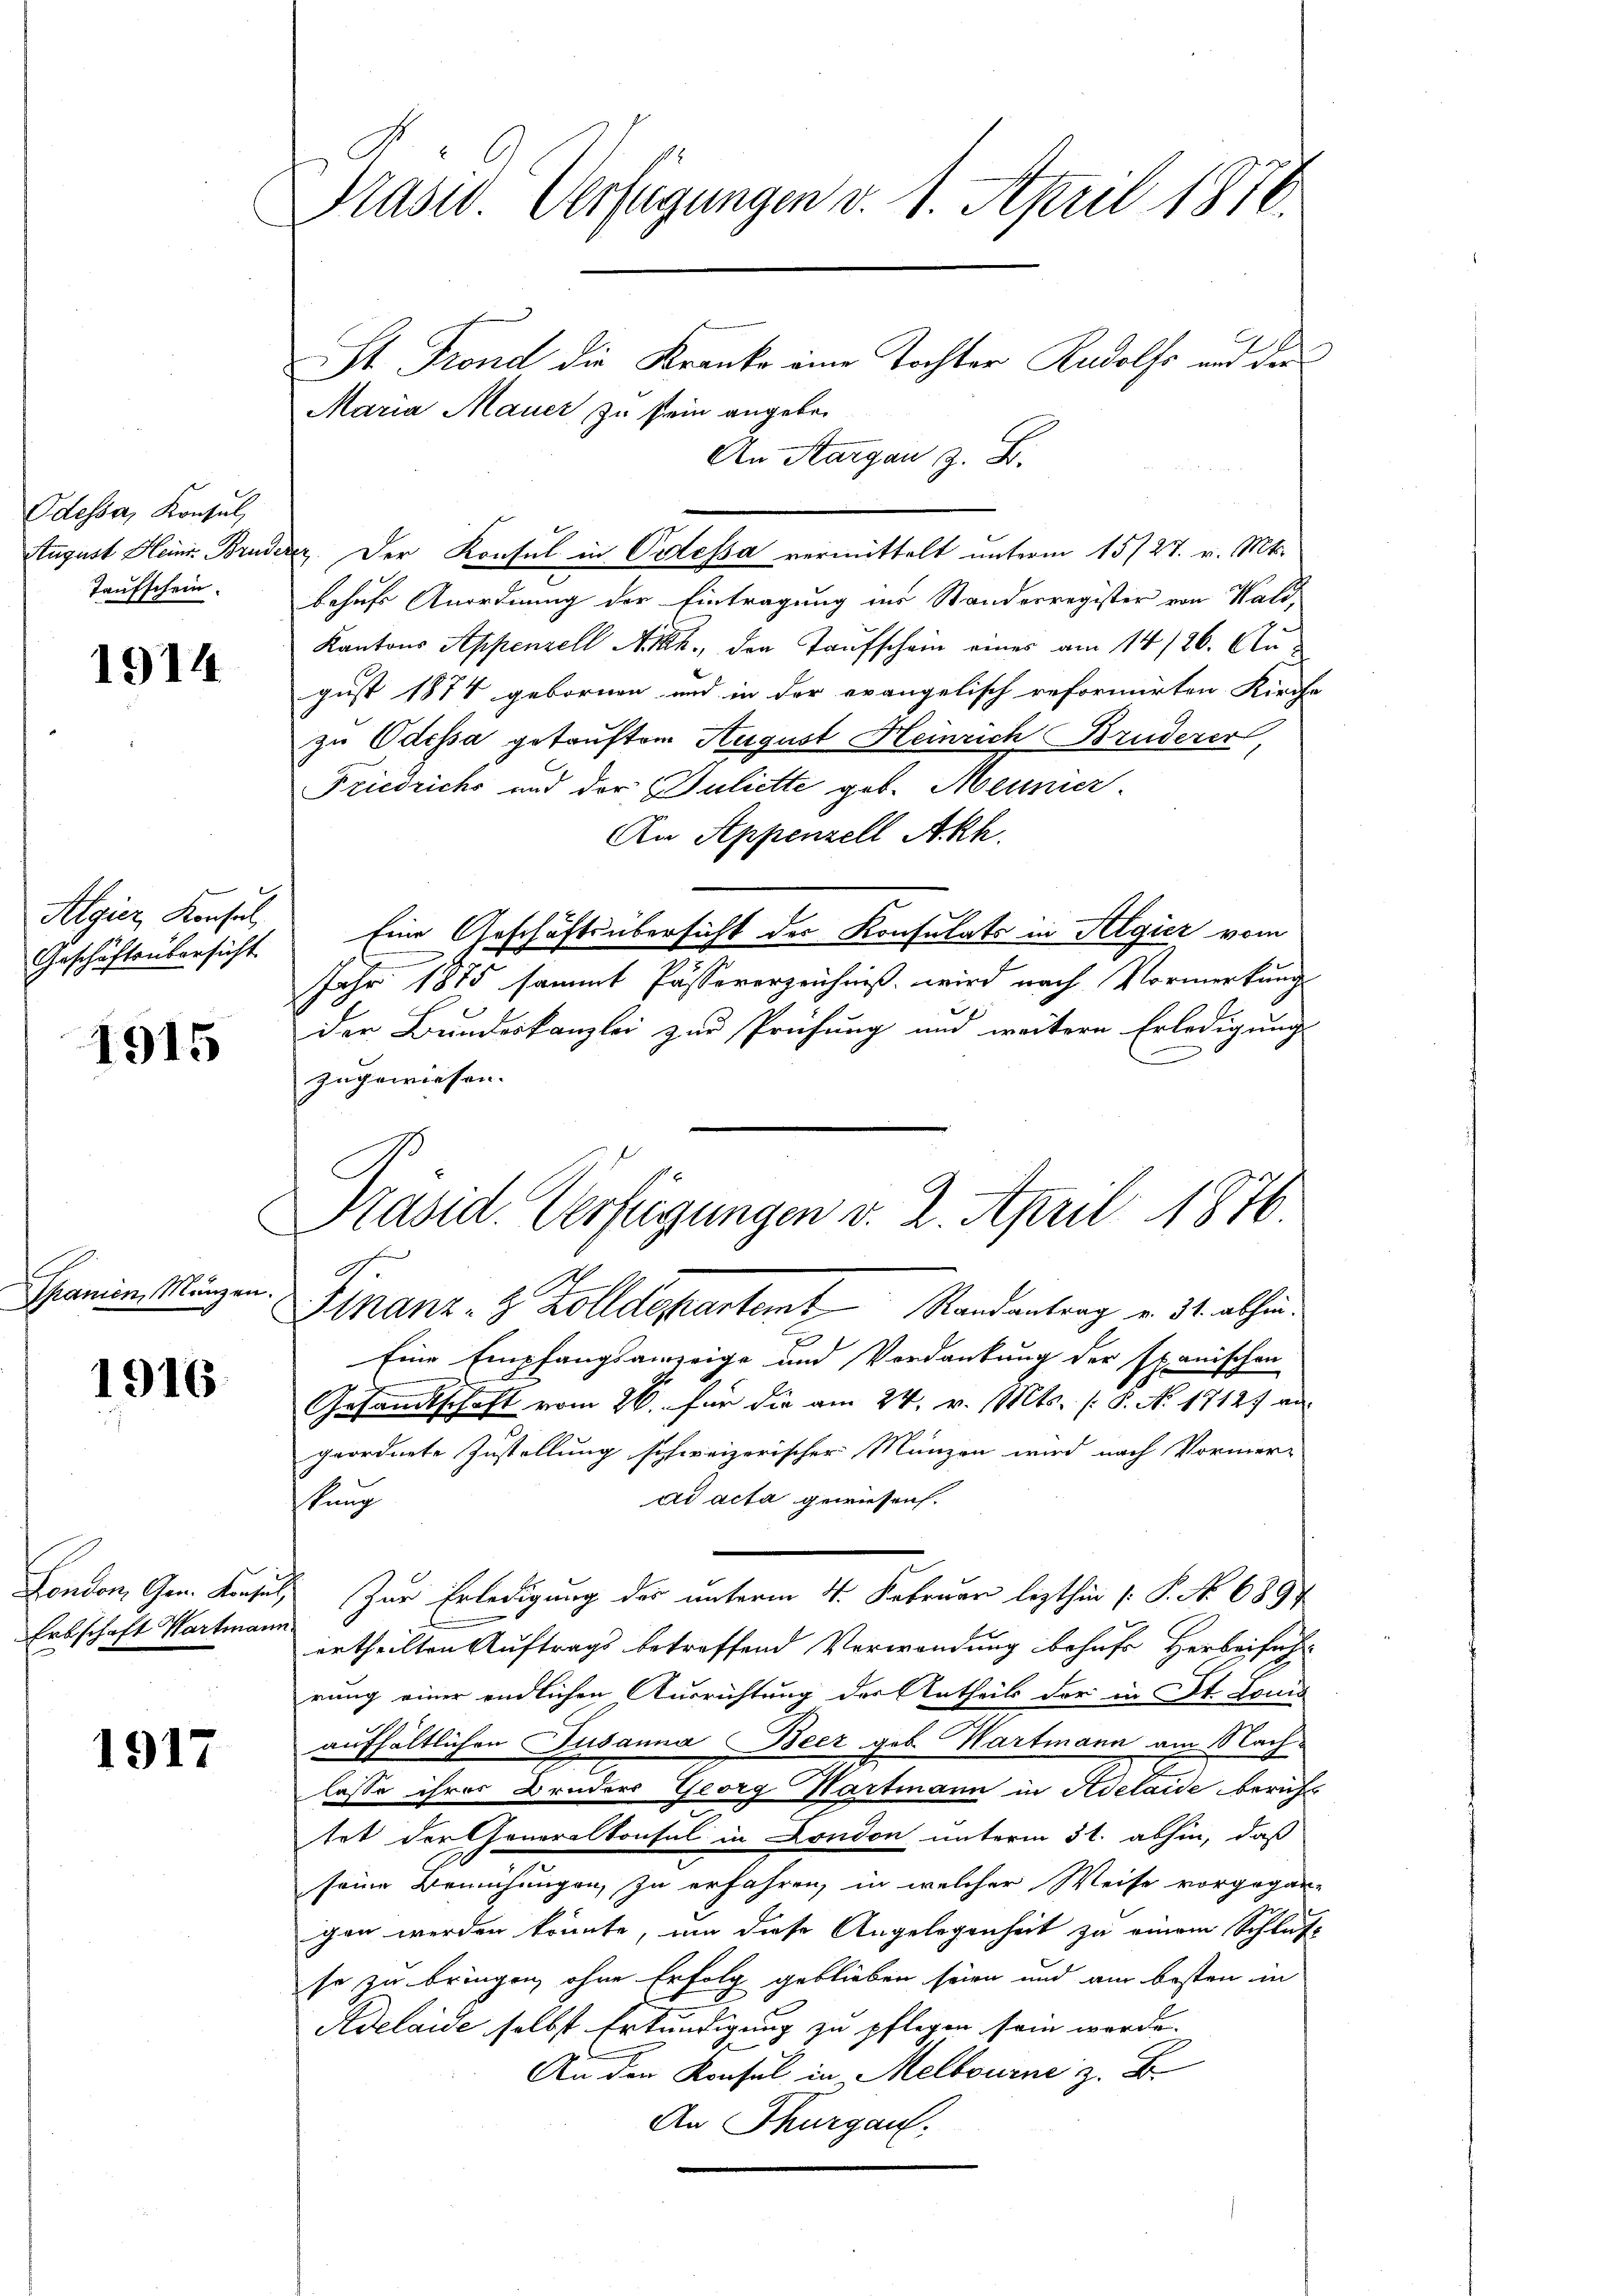
Odessa, Konsul,
Taufschein.

1914

Algier Konsul
Geschäftsübersicht

1915

Spanien, Münzen.

1916.

Arbschaft Hartmann

1917

n

Präsid. Verfügungen v. 1. April 1876.
St. Frond die Kranke eine Tochter Rudolfs und der

Maria Mauer zu sein angeben
An Aargau z. B.
August Heinr. Brudenz. Der Konsul in Ortessa vermittelt unterm 15/27. v. Mts.
behufs Anordnung der Eintragung ins Standerregister von Wald,
Kantons Appenzell A. h., den Taufschein eines am 14/26. August 1874 gebornen und in der evangelisch reformirten Kirche
zu Odessa getauftem August Heinrich Bruderer,
Friedrichs und der Juliette geb. Meunier.
An Appenzell Akk.
Eine Geschäftsübersicht der Konsulats in Algier vom
m
Jahr 1875 sammt Pässererzeichniß wird nach Vormerkung
der Bundeskanzlei zur Prüfung und weitere Erledigung
zugewiesen.
Finanz- & Zolldepartent Randantrag v. 31. abhin.
Eine Empfangsanzeige und Verdankung der Exanischen
Gesandtschaft vom 26. für die am 24. v. Mts. (: P. N. 1712) an
geordnete Zustellung schweizerischer Münzen wird nach Vormer-
ad acta gewiesen.
stung
London, Gen. Konsul zur Erledigung des unterm 4. Februar lezthin [P. Nr. 689
ertheilten Auftrags betreffend Verwendung behufe Herbeiführ
rung einer endlichen Ausrichtung der Antheils der in St. Louis
aufhältlichen Susanna Beer geb. Wartmann am Nach
lasse ihrer Bruders Georg Hartmann in Adelaide beruft
tet der Generalkonsul in London unterm 31. abhin, daß
seine Bemühungen zu erfahren, in welcher Weise vorgegangen werden könnte, um diese Angelegenheit zu einem Schluß
se zu bringen, ohne Erfolg geblieben seien und aus besten in
Adelaide selbst Erkundigung zu pflegen sein werde.
An den Konsul in Melbourne z. B.
An Thurgau.

Präsid. Verfügungen v. 2. April 1876
h